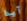
آيدا